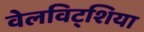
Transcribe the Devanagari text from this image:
वेलविट्शिया